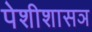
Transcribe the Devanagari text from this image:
पेशीशासञ